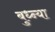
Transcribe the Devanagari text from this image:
बुध्न्या